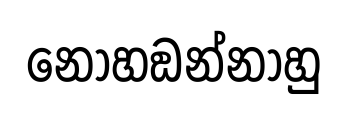
නොහඞන්නාහු